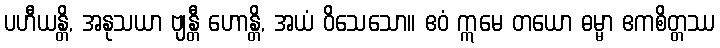
ပဟီယန္တိ, အနုသယာ ဗျန္တီ ဟောန္တိ, အယံ ဝိသေသော။ ဧဝံ ဣမေ တယော ဓမ္မာ ဧကစိတ္တဿ